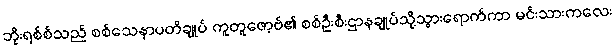
ဘိုးရစ်စ်သည် စစ်သေနာပတိချုပ် ကူတူဇော့ဗ်၏ စစ်ဦးစီးဌာနချုပ်သို့သွားရောက်ကာ မင်းသားကလေး